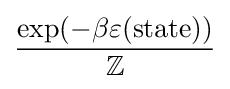
{\frac {\exp(-\beta \varepsilon ({\mbox{state}}))}{\mathbb {Z} }}